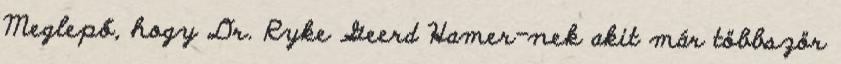
Meglepő, hogy Dr. Ryke Geerd Hamer-nek akit már többször